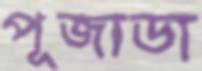
পূজাডা